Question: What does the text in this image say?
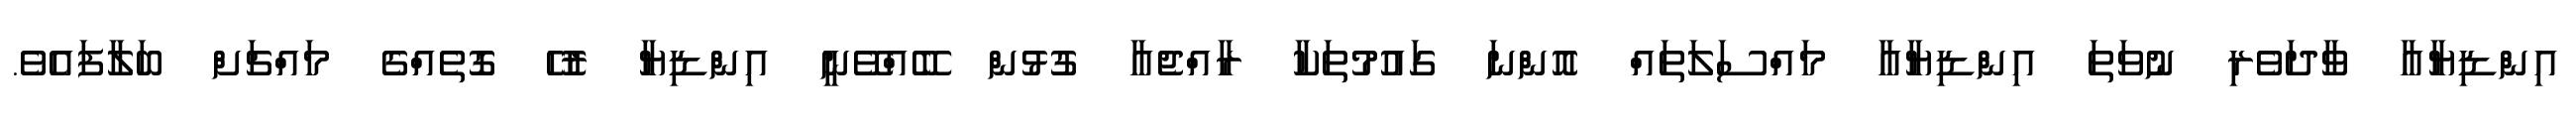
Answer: އިންޑިޔާއާ ވާދަވެރި ނުވަތަ އިންޑިޔާއާ މައްސަލަތައް އޮންނަ ގައުމުތަކާ ރާއްޖެއާ ގުޅުން ބޭއްވޭނީ އިންޑިޔާ ރުހޭ ގޮތެއްގެ މައްޗަށް ބަލާފައެވެ.